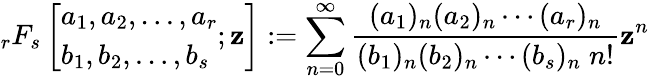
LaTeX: _{r}F_{s}\left[{\begin{array}{l}{a_{1},a_{2},\dotsc,a_{r}}\\ {b_{1},b_{2},\dotsc,b_{s}}\end{array}};\mathbf{z}\right]:=\sum_{n=0}^{\infty}{\frac{{(a_{1})_{n}(a_{2})_{n}\dotsb(a_{r})_{n}}}{{(b_{1})_{n}(b_{2})_{n}\dotsb(b_{s})_{n}\; n!}}}\mathbf{z}^{n}